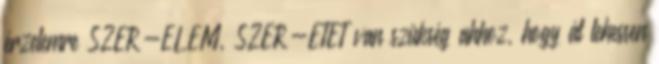
érzelemre SZER-ELEM, SZER-ETET van szükség ahhoz, hogy át lehessen